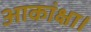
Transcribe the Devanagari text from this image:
आकांक्षा।